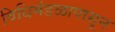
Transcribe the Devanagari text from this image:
विधिमंडळापासून